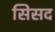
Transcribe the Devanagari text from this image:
सिसद